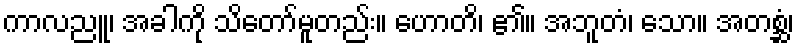
ကာလညူ၊ အခါကို သိတော်မူတည်း။ ဟောတိ၊ ၏။ အဘူတံ၊ သော။ အတစ္ဆံ၊